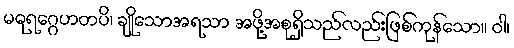
မဓုရဂ္ဂေဟတပိ၊ ချိုသောအရသာ အဖို့အစုရှိသည်လည်းဖြစ်ကုန်သော။ ဝါ၊